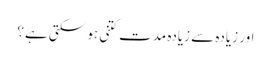
اور زیادہ سے زیادہ مدت کتنی ہو سکتی ہے؟